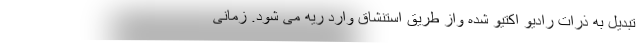
تبدیل به ذرات رادیو اکتیو شده واز طریق استنشاق وارد ریه می شود. زمانی